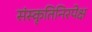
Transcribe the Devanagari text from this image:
संस्कृतिनिरपेक्ष